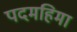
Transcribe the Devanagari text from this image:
पदमहिमा